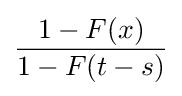
{\frac {1-F(x)}{1-F(t-s)}}